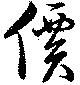
價